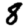
Digit: 8